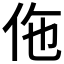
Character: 𬽲